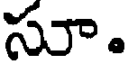
సూ.